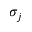
\sigma _ { j }